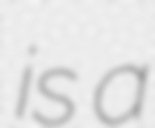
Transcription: is a